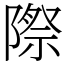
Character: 際